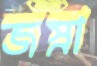
জস্না